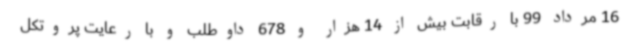
16 مرداد 99 با رقابت بیش از 14 هزار و 678 داوطلب و با رعایت پروتکل